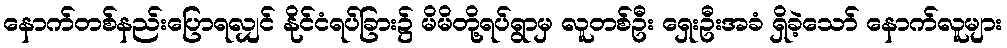
နောက်တစ်နည်းပြောရလျှင် နိုင်ငံရပ်ခြား၌ မိမိတို့ရပ်ရွာမှ လူတစ်ဦး ရှေးဦးအခံ ရှိခဲ့သော် နောက်လူများ